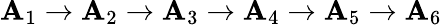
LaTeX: \mathbf{A}_{1}\to\mathbf{A}_{2}\to\mathbf{A}_{3}\to\mathbf{A}_{4}\to\mathbf{A}_{5}\to\mathbf{A}_{6}